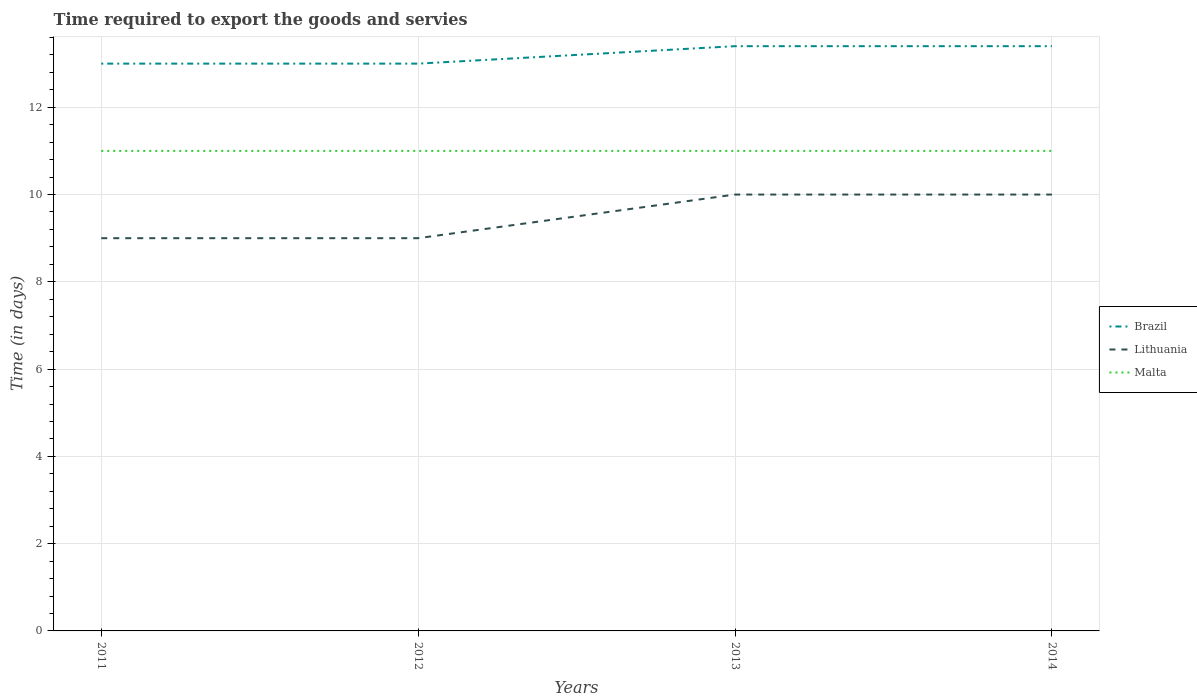
| Years | Brazil | Lithuania | Malta |
 | --- | --- | --- | --- |
 | 2011 | 13 | 9 | 11 |
 | 2012 | 13 | 9 | 11 |
 | 2013 | 13.4 | 10 | 11 |
 | 2014 | 13.4 | 10 | 11 |